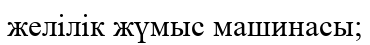
желілік жүмыс машинасы;